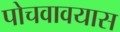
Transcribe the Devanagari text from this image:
पोचवावयास